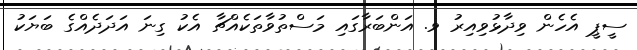
ސީޕީ އެހެން ވިދާޅުވިއިރު ވ. އަންބަރާގައި މަސްތުވާތަކެއްޗާ އެކު ގިނަ އަދަދެެއްގެ ބަޔަކު